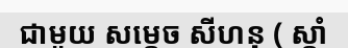
ជាមួយ សម្តេច សីហនុ ( ស្តាំ